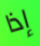
إذا